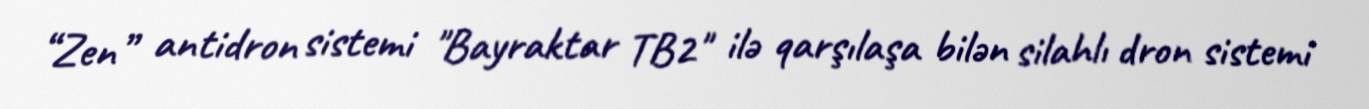
“Zen” antidron sistemi "Bayraktar TB2" ilə qarşılaşa bilən silahlı dron sistemi